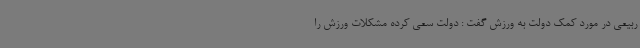
ربیعی در مورد کمک دولت به ورزش گفت : دولت سعی کرده مشکلات ورزش را